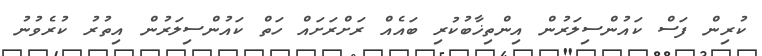
ކުރިން ފަސް ކައުންސިލަރުން އިންތިޚާބުކުރި ބައެއް ރަށްރަށައް ހަތް ކައުންސިލަރުން އިތުރު ކުރެވުނު